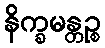
နိက္ခမန္တဉ္စ